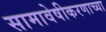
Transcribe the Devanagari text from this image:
सामावेषीकरणाच्या